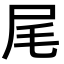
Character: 尾